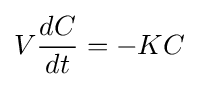
V{\frac {dC}{dt}}=-KC